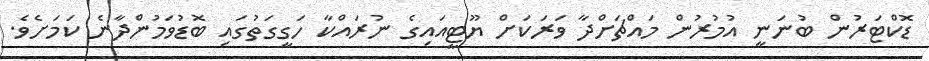
ޑޮކްޓަރުން ބުނަނީ އުމުރުން މައްޗަށްދާ ވަރަކަށް ޔޫޓީއައިގެ ނުރައްކާ ހަގީގަތުގައި ބޮޑުވަމުންދާނެ ކަމަށެވެ.